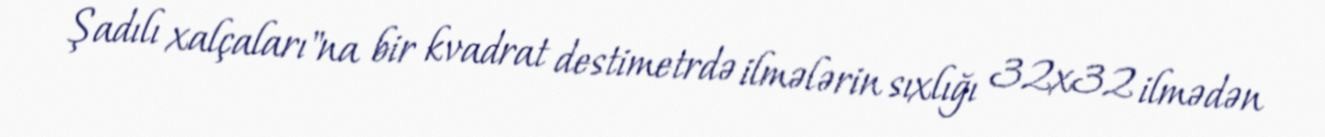
Şadılı xalçaları"na bir kvadrat destimetrdə ilmələrin sıxlığı 32x32 ilmədən